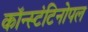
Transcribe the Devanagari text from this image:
कॉन्स्टंटिनोपल